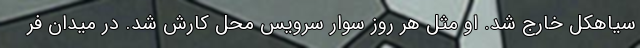
سیاهکل خارج شد. او مثل هر روز سوار سرویس محل کارش شد. در میدان فر